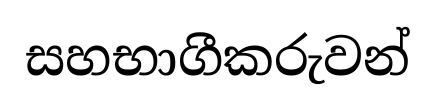
සහභාගීකරුවන්